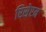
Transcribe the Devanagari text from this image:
रिसेप्टम